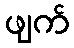
ဖျက်